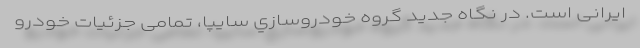
ایرانی است. در نگاه جدید گروه خودروسازي سایپا، تمامی جزئیات خودرو